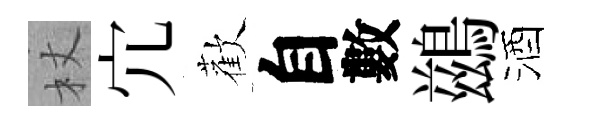
杖宂歡自數鷀酒